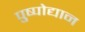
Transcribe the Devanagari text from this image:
पुष्पोद्यान